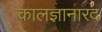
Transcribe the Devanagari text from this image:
कालज्ञानारद